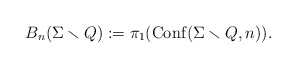
\begin{align*}B_n(\Sigma\smallsetminus Q) := \pi_1({\rm Conf}(\Sigma\smallsetminus Q, n)).\end{align*}